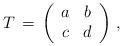
LaTeX: \begin{align*}T\,=\,\left(\begin{array}{cc}a & b \\c & d\end{array}\right)\,,\end{align*}